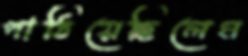
পাঠিয়েছিলেম